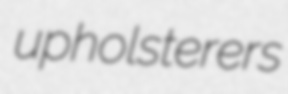
upholsterers